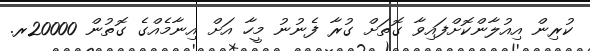
ކުރިން އިއުލާންކޮށްފައިވާ ގޮތަށް ގުރާ ފެނުނު މީހާ އަށް އިނާމެއްގެ ގޮތުން 20000ރ.